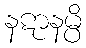
နဋာနမ္ပိ